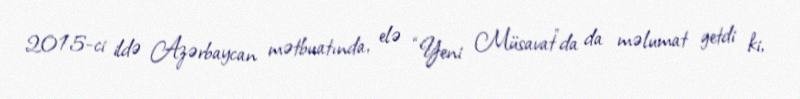
2015-ci ildə Azərbaycan mətbuatında, elə “Yeni Müsavat”da da məlumat getdi ki,